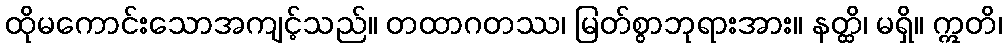
ထိုမကောင်းသောအကျင့်သည်။ တထာဂတဿ၊ မြတ်စွာဘုရားအား။ နတ္ထိ၊ မရှိ။ ဣတိ၊